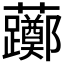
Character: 𫊛